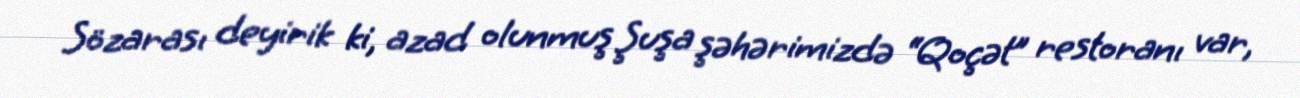
Sözarası deyirik ki, azad olunmuş Şuşa şəhərimizdə “Qoçət” restoranı var,